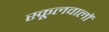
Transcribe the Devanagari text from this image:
स्कूलवालों